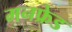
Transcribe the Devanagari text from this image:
मनफ्रेड